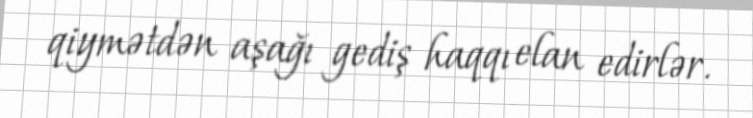
qiymətdən aşağı gediş haqqı elan edirlər.